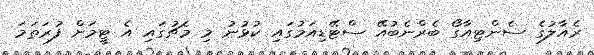
ރެއާލުގެ ސެންޓިއާގޯ ބެރްނެބުއޭ ސްޓޭޑިއަމުގައި ކުޅުނު މި މެޗުގައި އެ ޓީމަށް ފުރަތަމަ